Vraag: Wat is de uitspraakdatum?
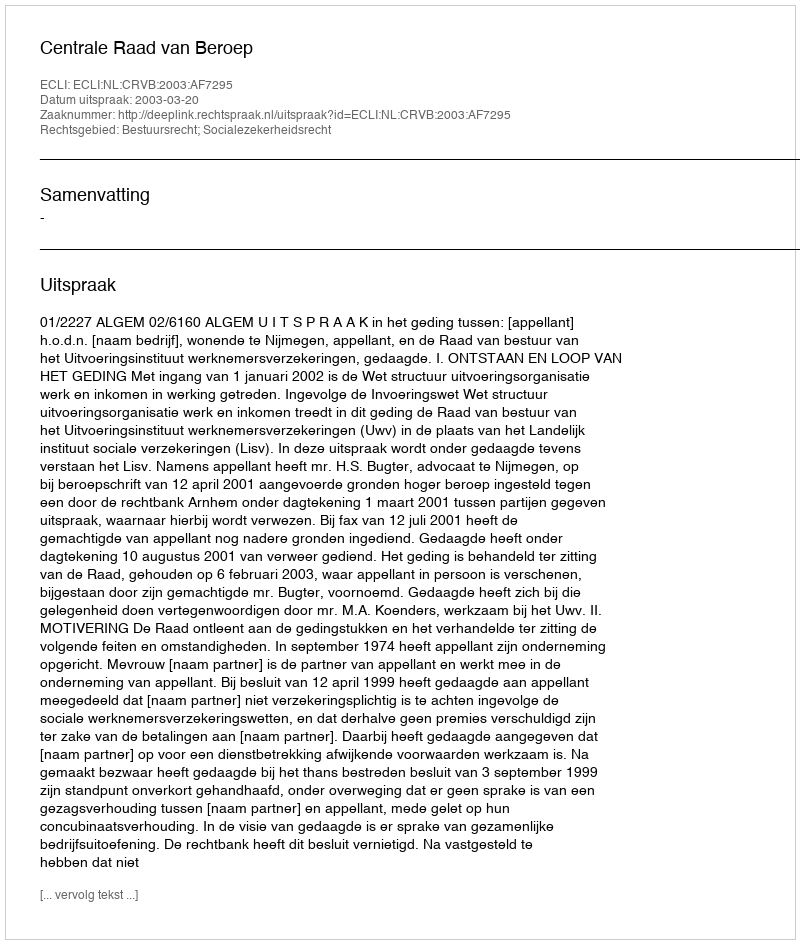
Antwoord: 2003-03-20